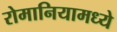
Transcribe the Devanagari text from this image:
रोमानियामध्ये